Report of the Indian Hemp Drugs Commission, 1894-1895 - Volume IV
Year: 1894
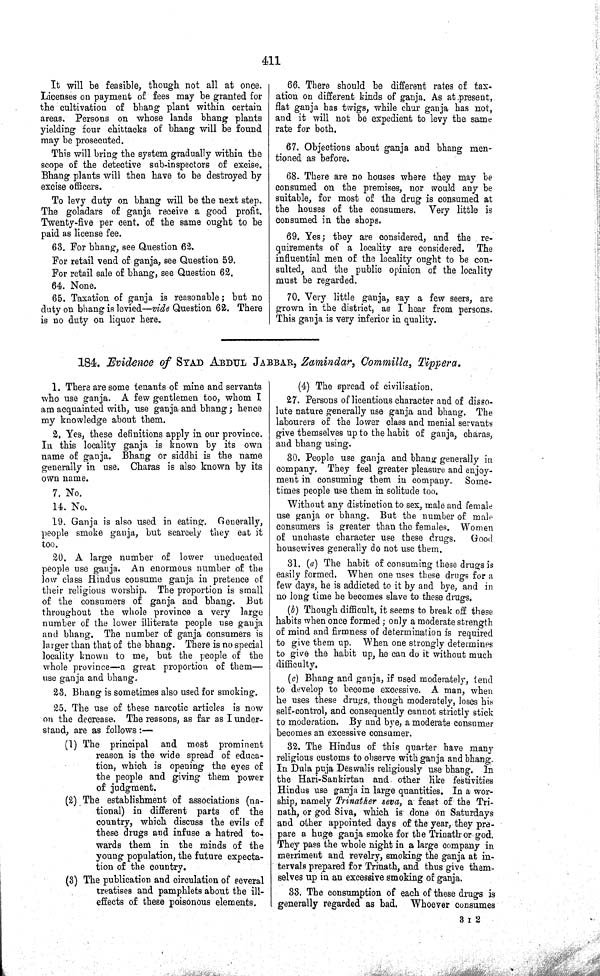
411
It will be feasible, though not all at once.
Licenses on payment of fees may be granted for
the cultivation of bhang plant within certain
areas. Persons on whose lands bhang plants
yielding four chittacks of bhang will be found
may be prosecuted.
This will bring the system gradually within the
scope of the detective sub-inspectors of excise.
Bhang plants will then have to be destroyed by
excise officers.
To levy duty on bhang will be the next step.
The goladars of ganja receive a good profit.
Twenty-five per cent. of the same ought to be
paid as license fee.
63. For bhang, see Question 62.
For retail vend of ganja, see Question 59.
For retail sale of bhang, see Question 62.
64. None.
65. Taxation of ganja is reasonable; but no
duty on bhang is levied—vide Question 62. There
is no duty on liquor here.
66. There should be different rates of tax-
ation on different kinds of ganja. As at present,
flat ganja has twigs, while chur ganja has not,
and it will not be expedient to levy the same
rate for both.
67. Objections about ganja and bhang men-
tioned as before.
68. There are no houses where they may be
consumed on the premises, nor would any be
suitable, for most of the drug is consumed at
the houses of the consumers. Very little is
consumed in the shops.
69. Yes; they are considered, and the re-
quirements of a locality are considered. The
influential men of the locality ought to be con-
sulted, and the public opinion of the locality
must be regarded.
70. Very little ganja, say a few seers, are
grown in the district, as I hear from persons.
This ganja is very inferior in quality.
184. Evidence of SYAD ABDUL JABBAR, Zamindar, Commilla, Tippera.
1. There are some tenants of mine and servants
who use ganja. A few gentlemen too, whom I
am acquainted with, use ganja and bhang; hence
my knowledge about them.
2. Yes, these definitions apply in our province.
In this locality ganja is known by its own
name of ganja. Bhang or siddhi is the name
generally in use. Charas is also known by its
own name.
7. No.
14. No.
19. Ganja is also used in eating. Generally,
people smoke ganja, but scarcely they eat it
too.
20. A large number of lower uneducated
people use ganja. An enormous number of the
low class Hindus consume ganja in pretence of
their religious worship. The proportion is small
of the consumers of ganja and bhang. But
throughout the whole province a very large
number of the lower illiterate people use ganja
and bhang. The number of ganja consumers is
larger than that of the bhang. There is no special
locality known to me, but the people of the
whole province—a great proportion of them—
use ganja and bhang.
23. Bhang is sometimes also used for smoking.
25. The use of these narcotic articles is now
on the decrease. The reasons, as far as I under-
stand, are as follows:—
(1) The principal and most prominent
reason is the wide spread of educa-
tion, which is opening the eyes of
the people and giving them power
of judgment.
(2) The establishment of associations (na-
tional) in different parts of the
country, which discuss the evils of
these drugs and infuse a hatred to-
wards them in the minds of the
young population, the future expecta-
tion of the country.
(3) The publication and circulation of several
treatises and pamphlets about the ill-
effects of these poisonous elements.
(4) The spread of civilisation.
27. Persons of licentious character and of disso-
lute nature generally use ganja and bhang. The
labourers of the lower class and menial servants
give themselves up to the habit of ganja, charas,
and bhang using.
30. People use ganja and bhang generally in
company. They feel greater pleasure and enjoy-
ment in consuming them in company. Some-
times people use them in solitude too.
Without any distinction to sex, male and female
use ganja or bhang. But the number of male
consumers is greater than the females. Women
of unchaste character use these drugs.
Good
housewives generally do not use them.
31. (a) The habit of consuming these drugs is
easily formed. When one uses these drugs for a
few days, he is addicted to it by and bye, and in
no long time he becomes slave to these drugs,
(b) Though difficult, it seems to break off these
habits when once formed; only a moderate strength
of mind and firmness of determination is required
to give them up. When one strongly determines
to give the habit up, he can do it without much
difficulty.
(c) Bhang and ganja, if used moderately, tend
to develop to become excessive. A man, when
he uses these drugs, though moderately, loses his
self-control, and consequently cannot strictly stick
to moderation. By and bye, a moderate consumer
becomes an excessive consumer.
32. The Hindus of this quarter have many
religious customs to observe with ganja and bhang.
In Dula puja Deswalis religiously use bhang. In
the Hari-Sankirtan and other like festivities
Hindus use ganja in large quantities. In a wor-
ship, namely Trinather seva, a feast of the Tri-
nath, or god Siva, which is done on Saturdays
and other appointed days of the year, they pre-
pare a huge ganja smoke for the Trinath or god.
They pass the whole night in a large company in
merriment and revelry, smoking the ganja at in-
tervals prepared for Trinath, and thus give them-
selves up in an excessive smoking of ganja.
33. The consumption of each of these drugs is
generally regarded as bad. Whoever consumes
3 I 2